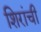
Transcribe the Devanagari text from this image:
शिरांची